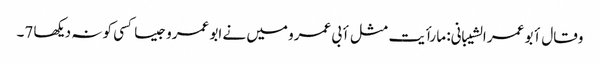
وقال أبو عمر الشیبانی: ما رأیت مثل أبی عمرو میں نے ابو عمرو جیسا کسی کو نہ دیکھا 7۔